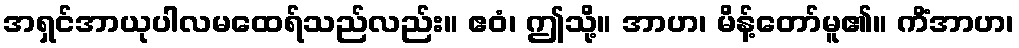
အရှင်အာယုပါလမထေရ်သည်လည်း။ ဧဝံ၊ ဤသို့။ အာဟ၊ မိန့်တော်မူ၏။ ကိံအာဟ၊